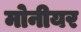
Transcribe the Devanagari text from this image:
मोनीयर